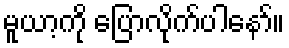
မူယာ့ကို ပြောလိုက်ပါနော်။